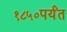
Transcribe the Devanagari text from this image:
१८५०पर्यंत